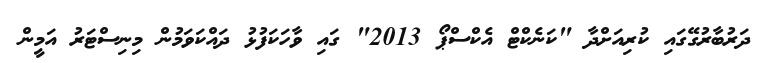
ދަރުބާރުގޭގައި ކުރިއަށްދާ "ކަނެކްޓް އެކްސްޕޯ 2013" ގައި ވާހަކަފުޅު ދައްކަވަމުން މިނިސްޓަރު އަމީން